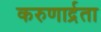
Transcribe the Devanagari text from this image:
करुणार्द्रता